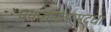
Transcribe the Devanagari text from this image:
प्रयत्नांनंतरसुद्धा